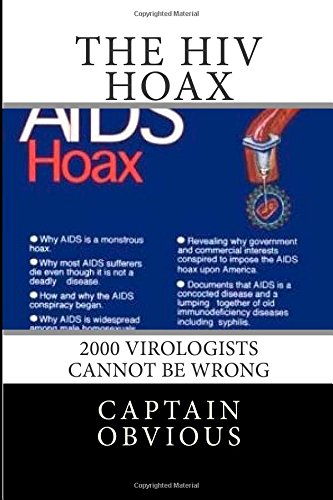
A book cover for The HIV Hoax: 2000 Virologists cannot be wrong; Captain Obvious; Health, Fitness & Dieting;